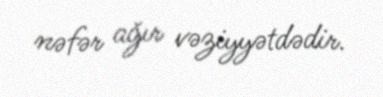
nəfər ağır vəziyyətdədir.